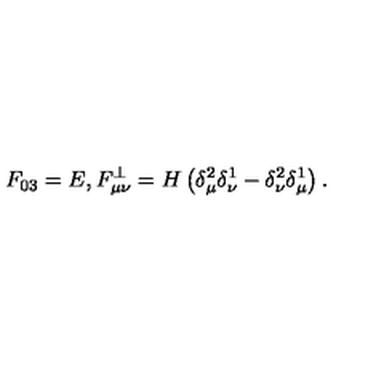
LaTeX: F _ { 0 3 } = E , F _ { \mu \nu } ^ { \perp } = H \left( \delta _ { \mu } ^ { 2 } \delta _ { \nu } ^ { 1 } - \delta _ { \nu } ^ { 2 } \delta _ { \mu } ^ { 1 } \right) .